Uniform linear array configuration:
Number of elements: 8
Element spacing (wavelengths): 0.25
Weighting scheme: uniform
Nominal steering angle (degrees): -60
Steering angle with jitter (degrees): -60.099
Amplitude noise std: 0.05
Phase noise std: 0.05

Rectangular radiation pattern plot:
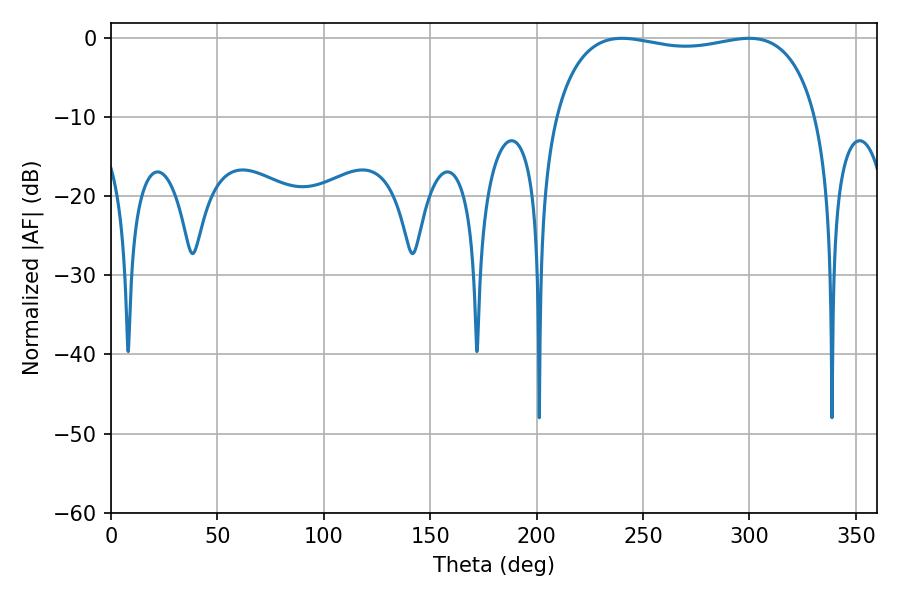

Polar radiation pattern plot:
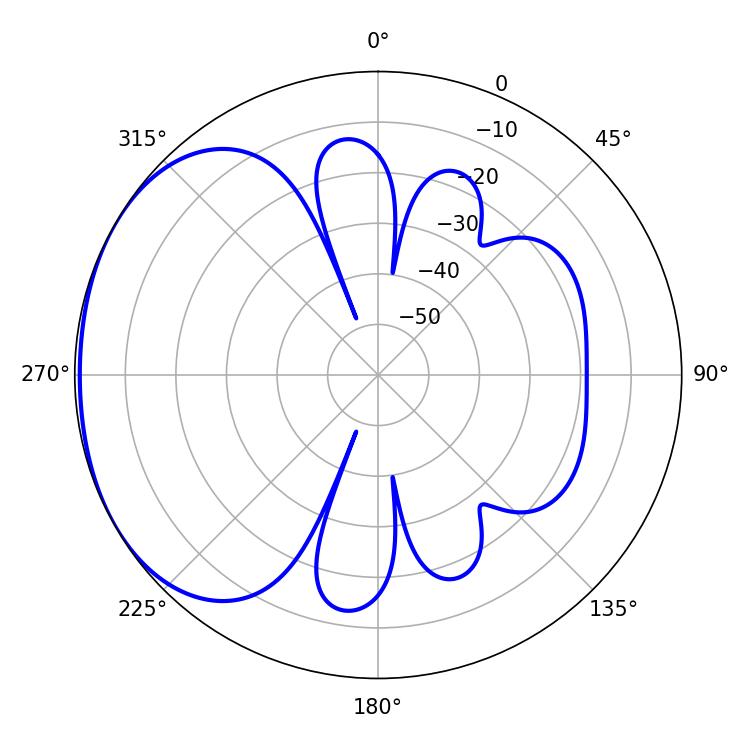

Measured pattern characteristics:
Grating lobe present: FALSE
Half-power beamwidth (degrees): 100.08
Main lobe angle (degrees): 240.12